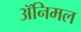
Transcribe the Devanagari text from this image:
ॲनिमल